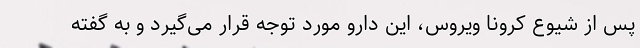
پس از شیوع کرونا ویروس، این دارو مورد توجه قرار می‌گیرد و به گفته